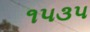
૧૫૩૫